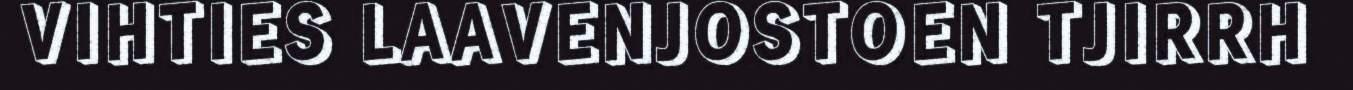
VIHTIES LAAVENJOSTOEN TJIRRH